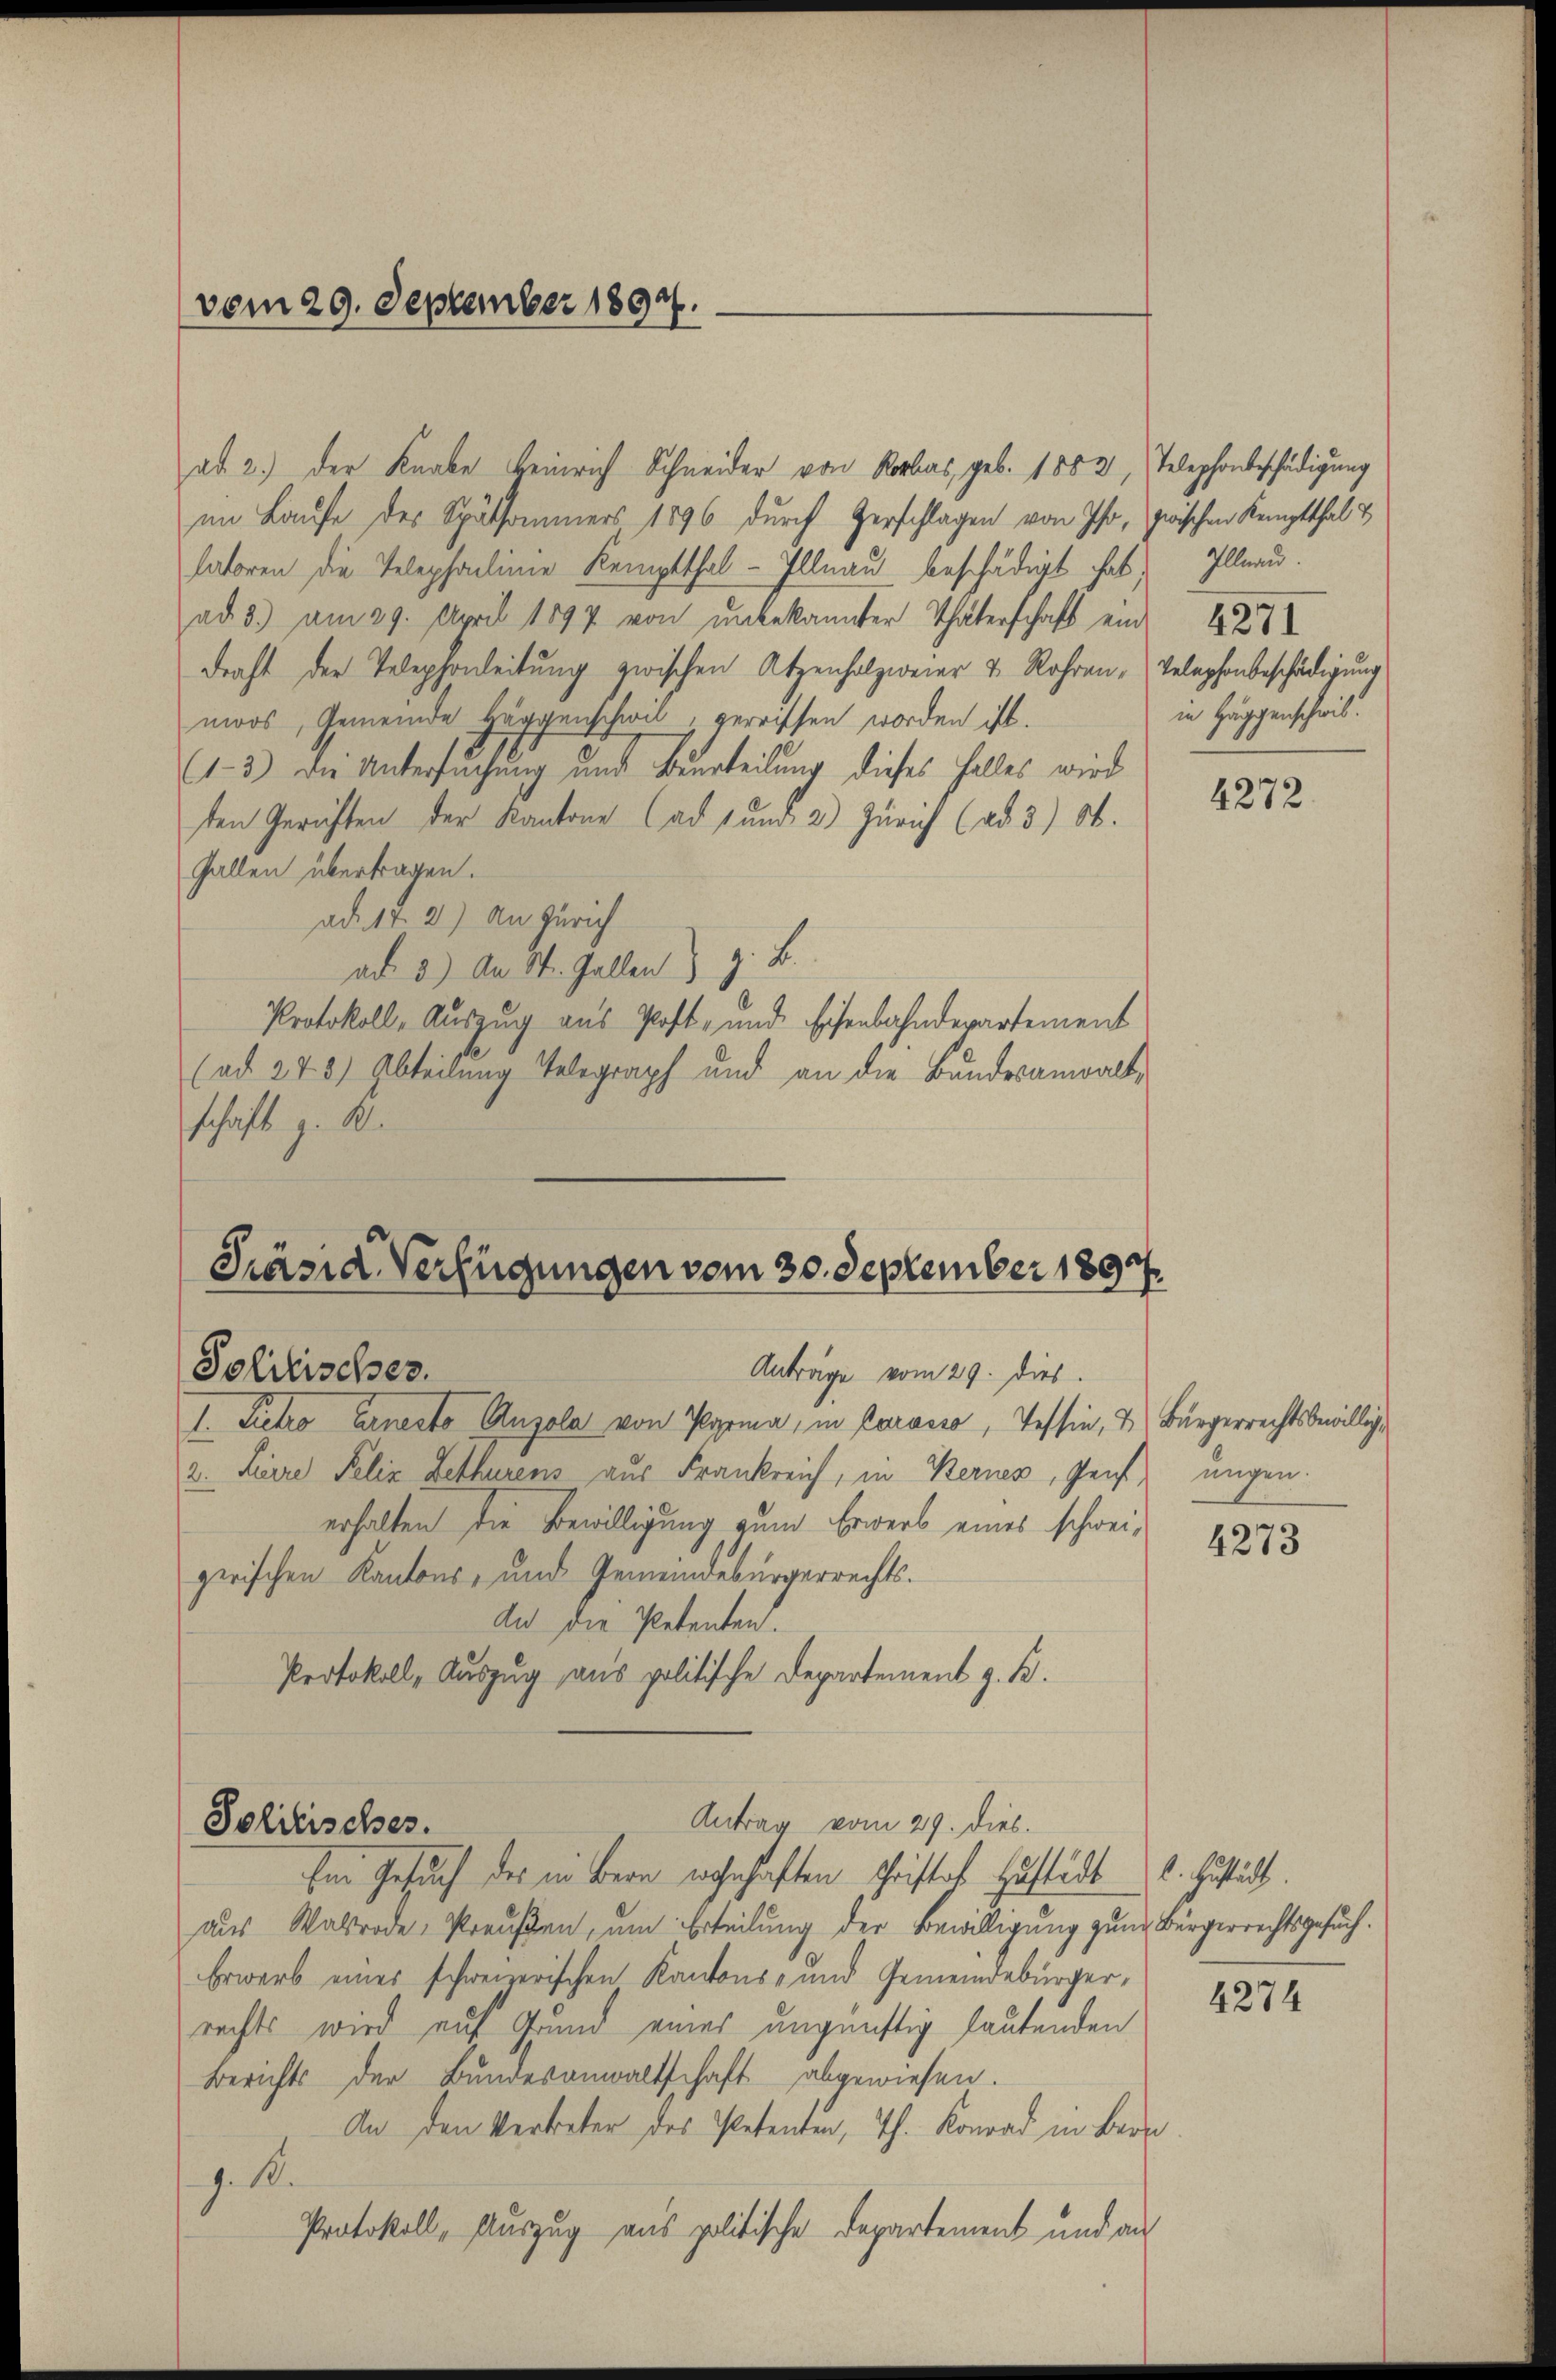
(vom 29. September 1894.

ad 2.) Der Knabe Heinrich Schneider von Rorbas, geb. 1882, Telephonbeschädigung
im Laufe des Spätsammers 1896 durch Verschlagen von Ihr, zwischen Kemptthal &
latoren die Telephanlinie Kemptthal-Illnau beschädigt hat,
ad 3.) am 29. April 1897 von unbekannter Thäterschaft ein 1274
dracht der Telephonleitung zwischen Atzenholzweier & Rohren, Telephonbeschädigung
moos, Gemeinde Häggenschwil, gereiffen worden ist.
(1-3.) Die Untersuchung und Beurteilung dieses Falles wird
ten Gerichten der Kantone (ad und 2) Zürich (ad 3) St.
Gallen übertragen.
ad. 17. 2) An Zürich
ad 3) An St. Gallen & z. B.
Protokoll, Auszug aus Post- und Eisenbahndepartement
(ad 278) Abteilung Telegraph und an die Bandesanwaltschaft z. B.

Solitisches.
Anträge vom 29. dies
I. Pietro Ernesto Auzola von Parma, in Porasso, Tessin, & Bürgerrechtsbewillig
2. Ferre Felix Bethürens aus Frankreich, in Kernes, Genf ungen.
erhalten die Bewilligung zum Erwerb eines schweizerischen Kantons- und Gemeindebürgerrechts.
An die Petenten.
Protokoll, Auszug aus politische Departement z. B.

Präsid-Verfügungen vom 30. September 1897.

Antrag vom 29. dies.
Solitisches.

Eme Gesuch des in Bern wohnhaften Fristok Zustadt u. Gustadt.
aus Waltrode, Preußen, um Erteilung der Bewilligung zum Bürgerrechtsgesuch.
Erwarb eines schweizerischen Kantons- und Gemeindebürgerrechts wird auf Grund eines ungünstig lautenden
Berichts der Bundesanwaltschaft abgewiesen.
An den Vertreter des Petenten, Th. Konrad in Bern
J. 18.
Protokoll, Auszug aus politische Departement und au

Illnau.
in Haggenschwil.

4272.

4273

4274